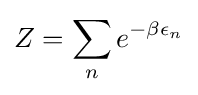
Z=\sum _{n}e^{-\beta \epsilon _{n}}